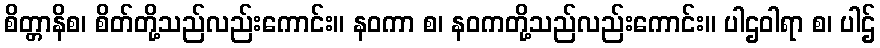
စိတ္တာနိစ၊ စိတ်တို့သည်လည်းကောင်း။ နဝကာ စ၊ နဝကတို့သည်လည်းကောင်း။ ပါဌဝါရာ စ၊ ပါဌ်